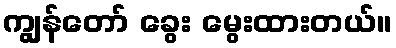
ကျွန်တော် ခွေး မွေးထားတယ်။